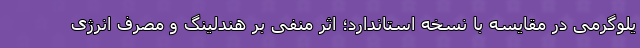
یلوگرمی در مقایسه با نسخه استاندارد؛ اثر منفی بر هندلینگ و مصرف انرژی